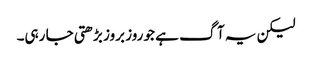
لیکن یہ آگ ہے جو روز بروز بڑھتی جا رہی۔